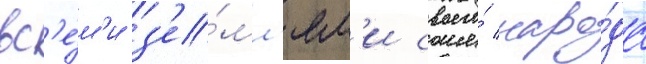
вс'е́м'и з'е́мл'ям'и своего́ наро́да